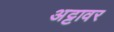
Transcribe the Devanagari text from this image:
अट्टावर